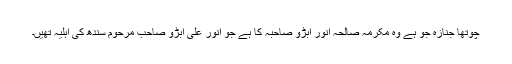
چوتھا جنازہ جو ہے وہ مکرمہ صالحہ انور ابڑو صاحبہ کا ہے جو انور علی ابڑو صاحب مرحوم سندھ کی اہلیہ تھیں۔